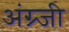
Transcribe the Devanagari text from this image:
अंग्र्जी